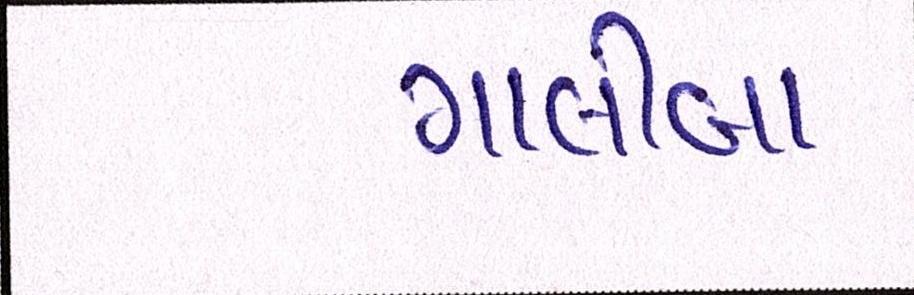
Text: ગાલીબા